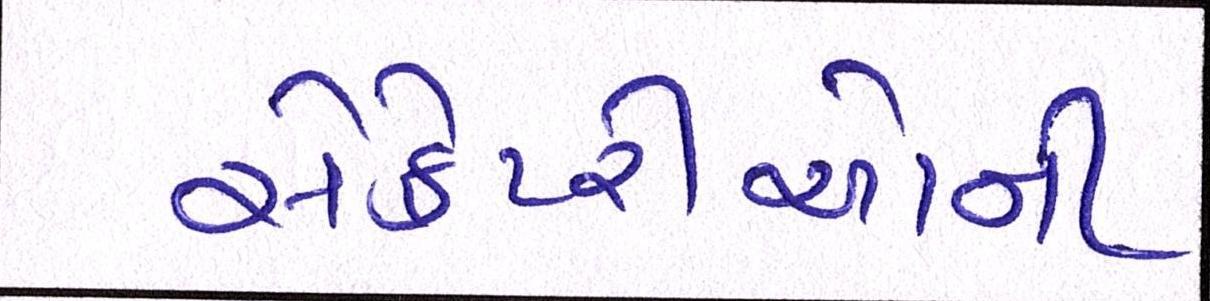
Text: સેક્રેટરીઓની